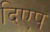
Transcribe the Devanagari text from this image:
दिएप